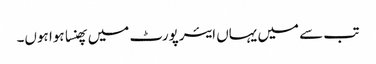
تب سے میں یہاں ایئرپورٹ میں پھنسا ہوا ہوں۔